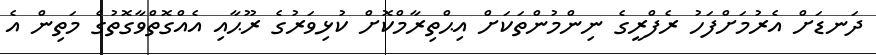
ދަނޑަށް އެރުމަށްފަހު ރެފްރީގެ ނިންމުންތަކަށް އިޙްތިރާމްކޮށް ކުޅިވަރުގެ ރޫޙާއި އެއްގޮތްވާގޮތުގެ މަތިން އެ